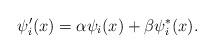
LaTeX: \begin{align*}\psi'_i(x)=\alpha \psi_i(x)+\beta \psi_i^*(x).\end{align*}